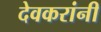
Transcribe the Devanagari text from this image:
देवकरांनी